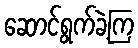
ဆောင်ရွက်ခဲ့ကြ